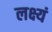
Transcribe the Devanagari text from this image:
लक्ष्यं